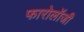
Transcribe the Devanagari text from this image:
फारोलॉजी